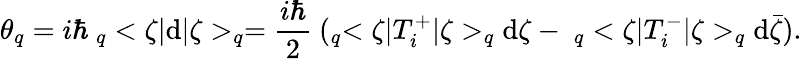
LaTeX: \theta_{q}=i\hbar\ _{q}<\zeta|\mathrm{d}|\zeta>_{q}=\frac{{i\hbar}}{{2}}\ (_{q}<\zeta|T_{i}^{+}|\zeta>_{q}\mathrm{d}\zeta-\ _{q}<\zeta|T_{i}^{-}|\zeta>_{q}\mathrm{d}\bar{{\zeta}}).